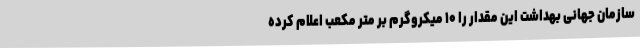
سازمان جهانی بهداشت این مقدار را ۱۰ میکروگرم بر متر مکعب اعلام کرده